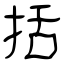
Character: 括